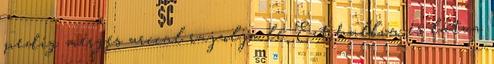
pedig mérges arccal rajzolja le. Ezt hallva és látva